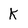
Character: k